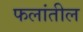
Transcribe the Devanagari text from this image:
फलांतील